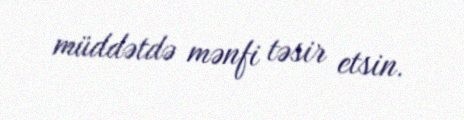
müddətdə mənfi təsir etsin.